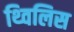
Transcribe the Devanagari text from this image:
थ्‍विलिस